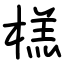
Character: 榚